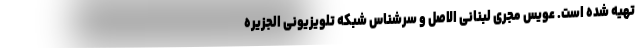
تهیه شده است. عویس مجری لبنانی الاصل و سرشناس شبکه تلویزیونی الجزیره